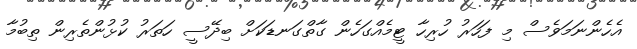
އެހެންނަމަވެސް މި ފަހަރު ހުރިހާ ޓީމެއްގަހެން ގާތްގަނޑަކަށް ބިދޭސީ ހަތަރު ކުޅުންތެރިން ތިބުމާ